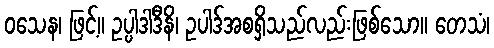
ဝသေန၊ ဖြင့်။ ဥပ္ပါဒါဒီနိ၊ ဥပါဒ်အစရှိသည်လည်းဖြစ်သော။ တေသံ၊